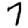
Digit: 7